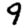
Digit: 9